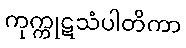
ကုက္ကုဋသံပါတိကာ